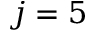
j = 5